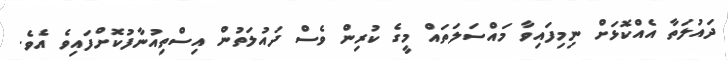
ދައުލަތާ އެއްކޮޅަށް ނިމިފައިވާ މައްސަލަތައް މީގެ ކުރިން ވެސް ދައުލަތުން އިސްތިއުނާފުކޮށްފައިވެ އެވެ.